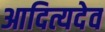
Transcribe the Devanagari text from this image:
आदित्यदेव